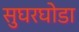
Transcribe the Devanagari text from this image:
सुघरघोडा